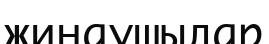
жинаушылар